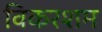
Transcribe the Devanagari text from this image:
विकरशम